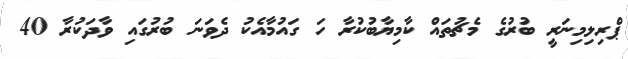
ޕްރިލިމިނަރީ ބުރުގެ މެޗުތައް ކާމިޔާބުކުރާ ހަ ގައުމާއެކު ދެވަނަ ބުރުގައި ވާދަކުރާ 40